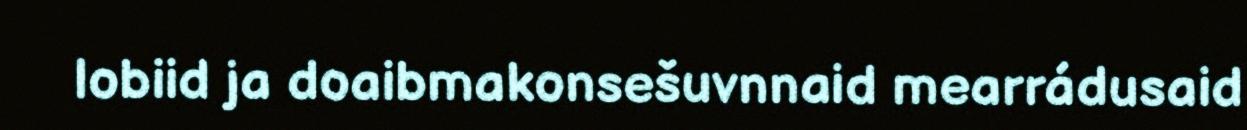
lobiid ja doaibmakonsešuvnnaid mearrádusaid